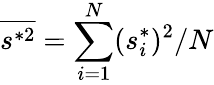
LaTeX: \overline{{s^{*2}}}=\sum_{i=1}^{N}(s_{i}^{*})^{2}/N